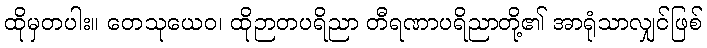
ထိုမှတပါး။ တေသုယေဝ၊ ထိုဉာတပရိညာ တီရဏာပရိညာတို့၏ အာရုံသာလျှင်ဖြစ်